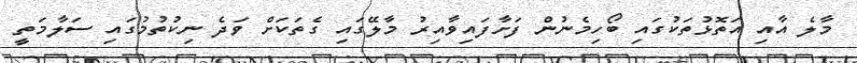
މާލެ އާއި އަތޮޅުތަކުގައި ބޯހިމެނުން ފަށާފައިވާއިރު މާލޭގައި ގެތަކަށް ވަދެ ނިކުތުމުގައި ސަލާމަތީ